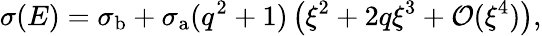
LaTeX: \sigma(E)=\sigma_{\mathrm{b}}+\sigma_{\mathrm{a}}(q^{2}+1)\left(\xi^{2}+2q\xi^{3}+\mathcal{O}(\xi^{4})\right),